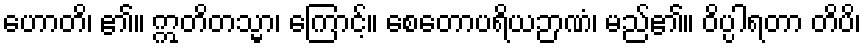
ဟောတိ၊ ၏။ ဣတိတသ္မာ၊ ကြောင့်။ စေတောပရိယဉာဏံ၊ မည်၏။ ဝိပ္ပါရတာ တိပိ၊